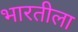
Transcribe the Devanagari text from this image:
भारतीला